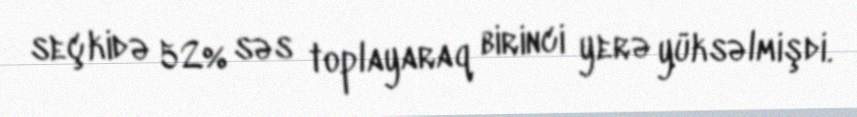
seçkidə 52% səs toplayaraq birinci yerə yüksəlmişdi.